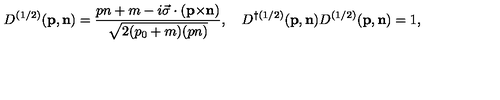
{ D } ^ { ( 1 / 2 ) } ( { \bf p } , { \bf n } ) = \frac { p n + m - i { \vec { \sigma } } \cdot ( { \bf p } { \times } { \bf n } ) } { \sqrt { 2 ( p _ { 0 } + m ) ( p n ) } } , \quad { D } ^ { \dag ( 1 / 2 ) } ( { \bf p } , { \bf n } ) { D } ^ { ( 1 / 2 ) } ( { \bf p } , { \bf n } ) = 1 ,